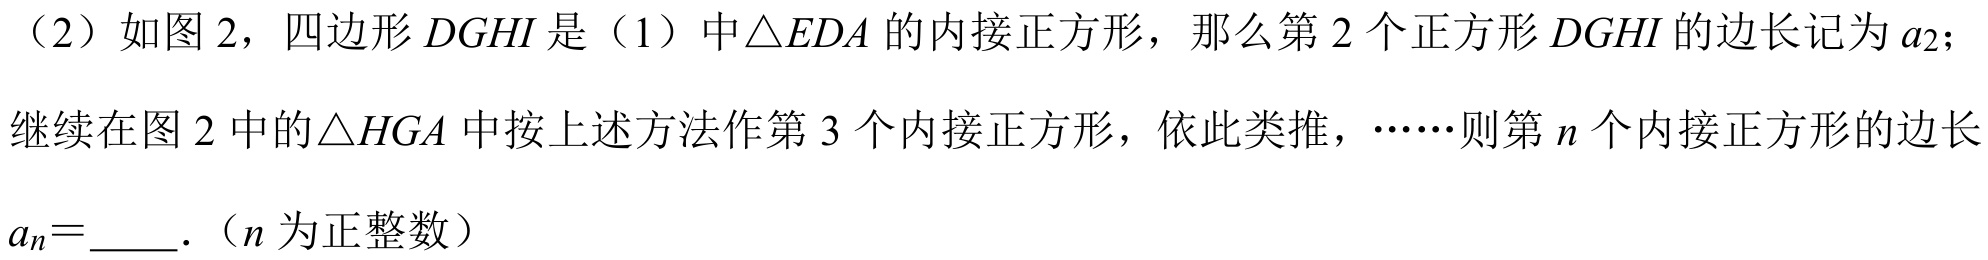
（2）如图 2，四边形$DGHI$是（1）中$\triangle EDA$的内接正方形，那么第$2$个正方形$DGHI$的边长记为$a_{2}$；继续在图 2 中的$\triangle HGA$中按上述方法作第$3$个内接正方形，依此类推，……则第$n$个内接正方形的边长$a_{n} = \_\_\_\_$.（$n$为正整数）